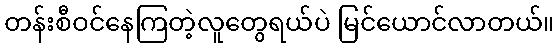
တန်းစီဝင်နေကြတဲ့လူတွေရယ်ပဲ မြင်ယောင်လာတယ်။